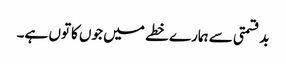
بدقسمتی سے ہمارے خطے میں جوں کاتوں ہے۔